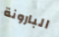
البارونة